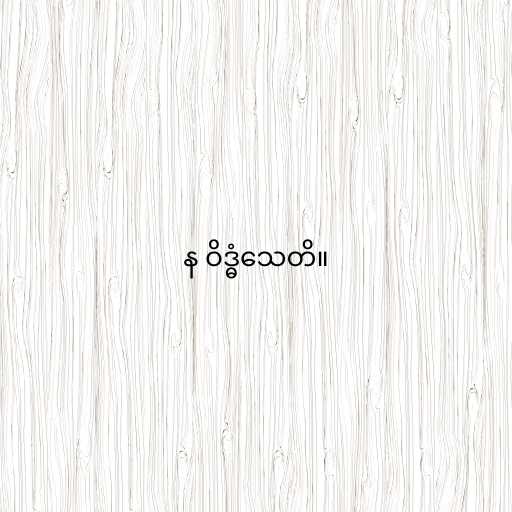
န ဝိဒ္ဓံသေတိ။